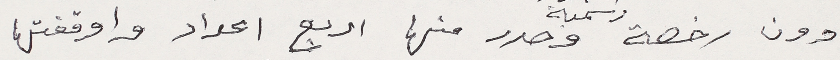
دون رخصة رسمية وصدر منها اربع اعداد واوقفتها